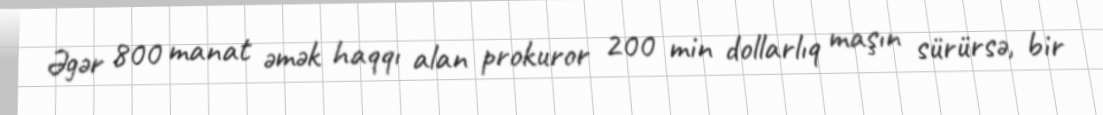
Əgər 800 manat əmək haqqı alan prokuror 200 min dollarlıq maşın sürürsə, bir